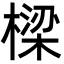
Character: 樑